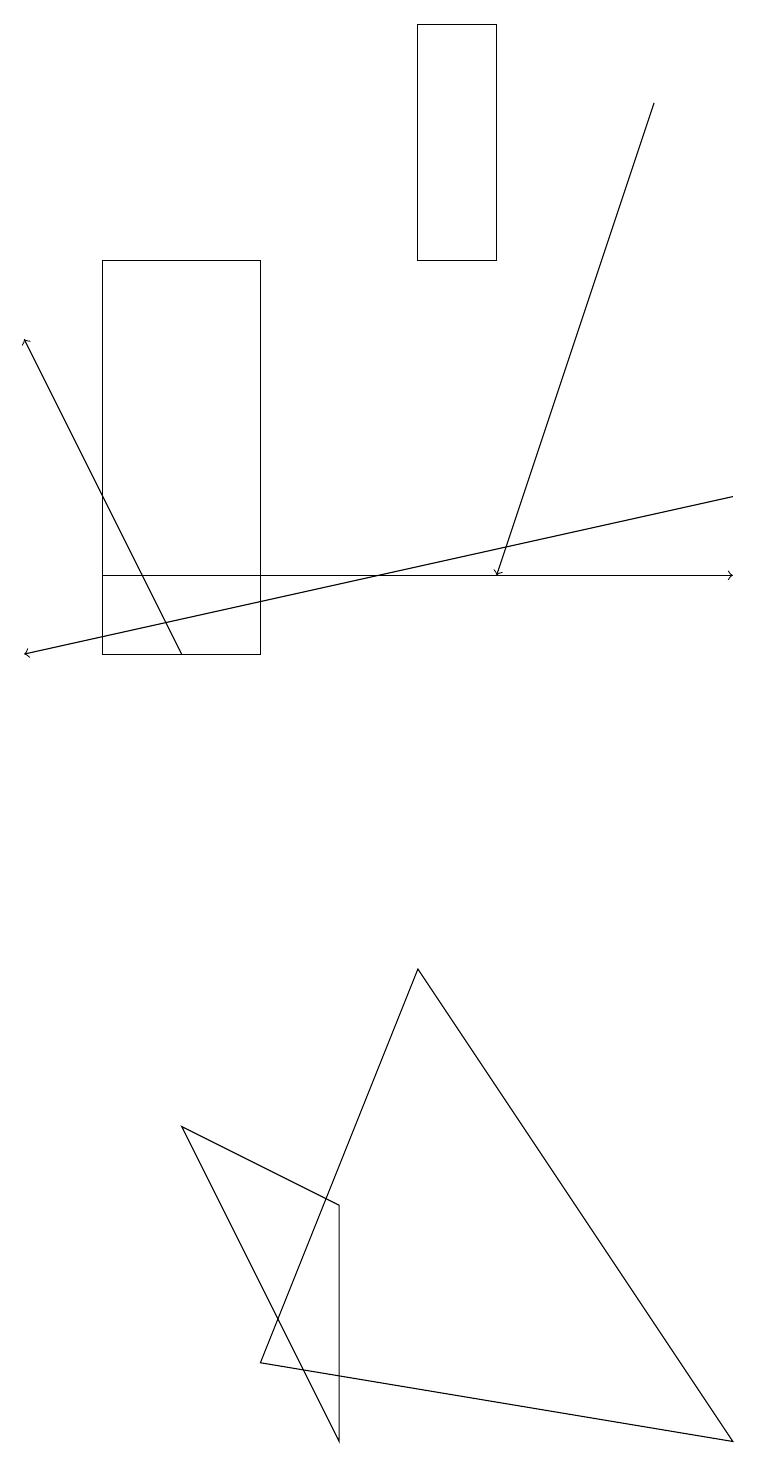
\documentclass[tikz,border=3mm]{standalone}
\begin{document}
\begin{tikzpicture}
\draw (9,1) -- (5,7) -- (3,2) -- cycle;
\draw (4,1) -- (4,4) -- (2,5) -- cycle;
\draw (1,11) rectangle (3,16);
\draw[->] (2,11) -- (0,15);
\draw[->] (8,18) -- (6,12);
\draw (6,19) rectangle (5,16);
\draw[->] (9,13) -- (0,11);
\draw[->] (1,12) -- (9,12);
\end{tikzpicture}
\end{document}